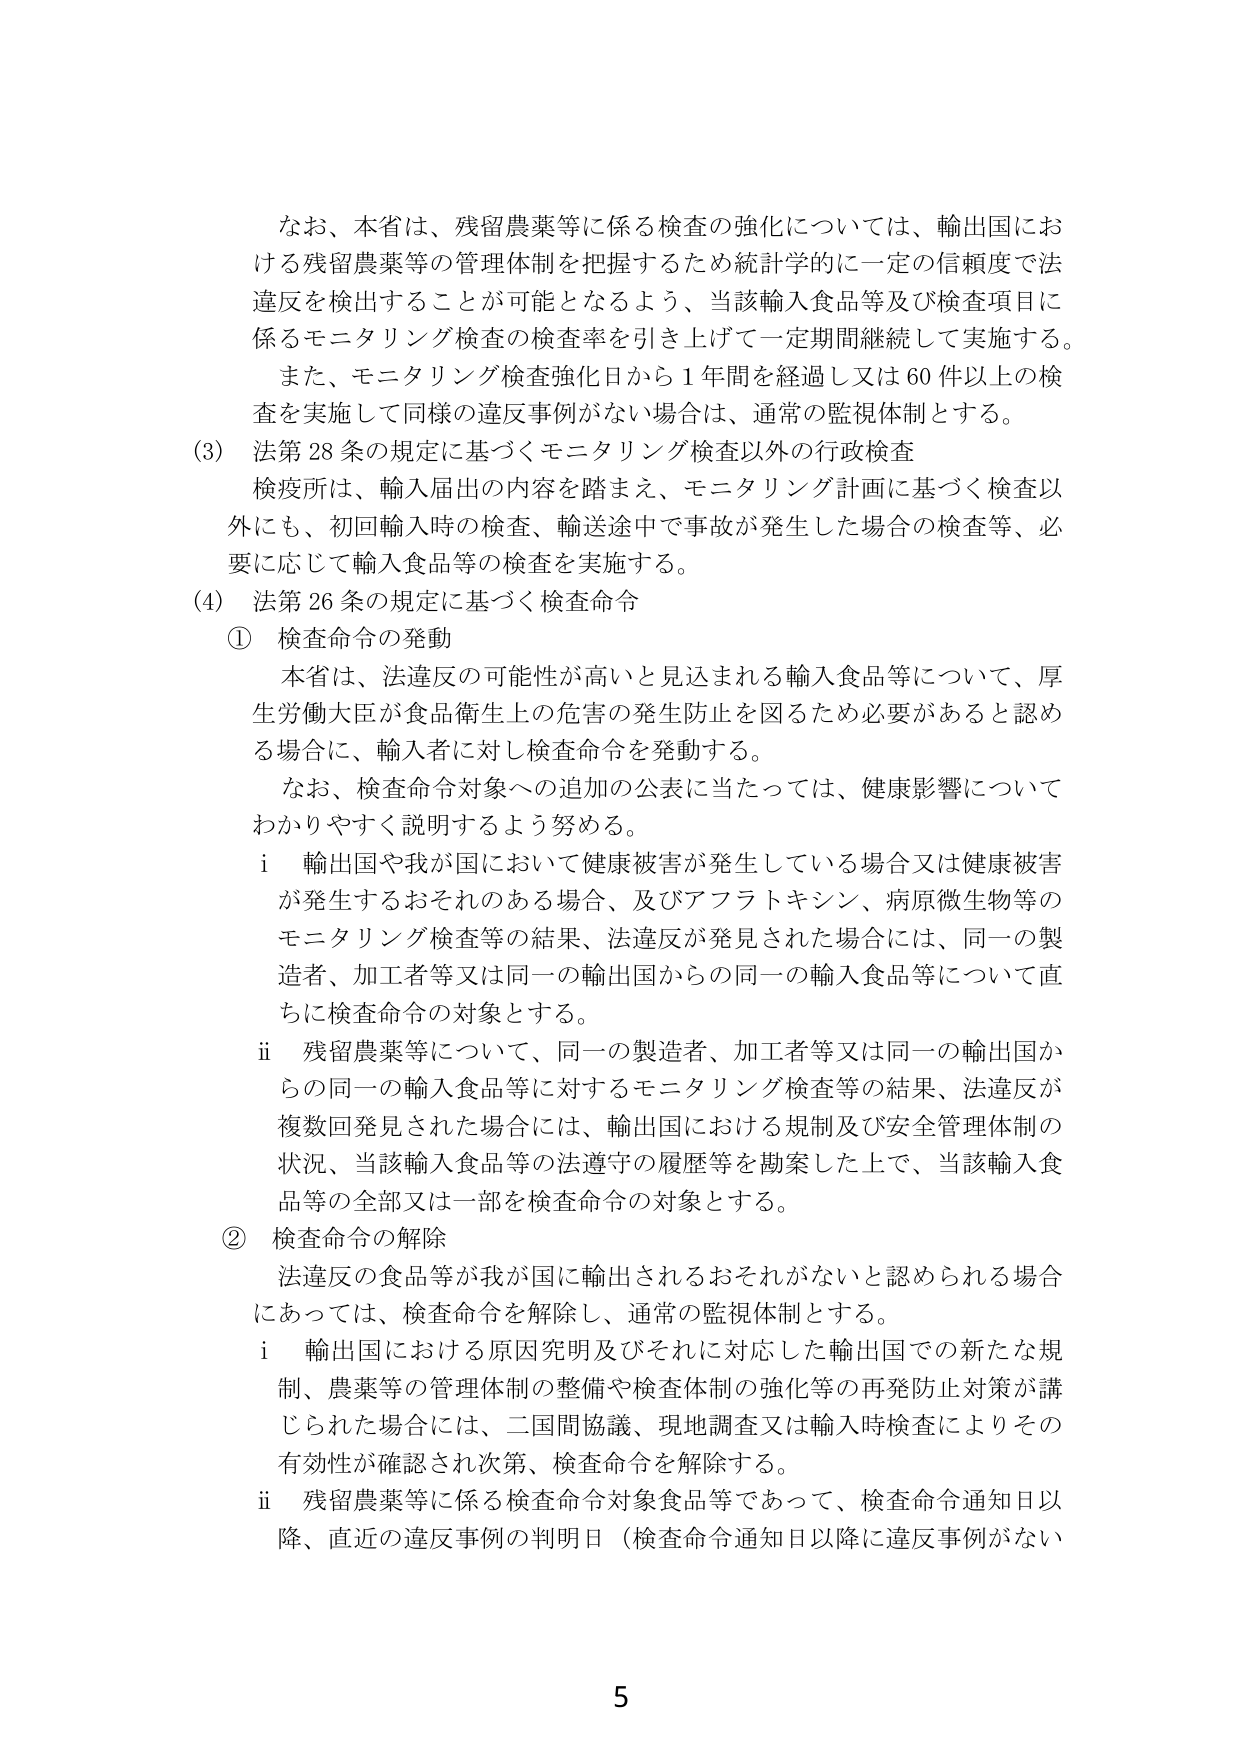
なお、本省は、残留農薬等に係る検査の強化については、輸出国における残留農薬等の管理体制を把握するため統計学的に一定の信頼度で法違反を検出することが可能となるよう、当該輸入食品等及び検査項目に係るモニタリング検査の検査率を引き上げて一定期間継続して実施する。
また、モニタリング検査強化日から1年間を経過し又は60件以上の検査を実施して同様の違反事例がない場合は、通常の監視体制とする。

(3) 法第28条の規定に基づくモニタリング検査以外の行政検査
検疫所は、輸入届出の内容を踏まえ、モニタリング計画に基づく検査以外にも、初回輸入時の検査、輸送途中で事故が発生した場合の検査等、必要に応じて輸入食品等の検査を実施する。

(4) 法第26条の規定に基づく検査命令
① 検査命令の発動
本省は、法違反の可能性が高いと見込まれる輸入食品等について、厚生労働大臣が食品衛生上の危害の発生防止を図るため必要があると認める場合に、輸入者に対し検査命令を発動する。
なお、検査命令対象への追加の公表に当たっては、健康影響についてわかりやすく説明するよう努める。
i 輸出国や我が国において健康被害が発生している場合又は健康被害が発生するおそれのある場合、及びアフラトキシン、病原微生物等のモニタリング検査等の結果、法違反が発見された場合には、同一の製造者、加工者等又は同一の輸出国からの同一の輸入食品等について直ちに検査命令の対象とする。
ii 残留農薬等について、同一の製造者、加工者等又は同一の輸出国からの同一の輸入食品等に対するモニタリング検査等の結果、法違反が複数回発見された場合には、輸出国における規制及び安全管理体制の状況、当該輸入食品等の法遵守の履歴等を勘案した上で、当該輸入食品等の全部又は一部を検査命令の対象とする。

② 検査命令の解除
法違反の食品等が我が国に輸出されるおそれがないと認められる場合にあっては、検査命令を解除し、通常の監視体制とする。
i 輸出国における原因究明及びそれに対応した輸出国での新たな規制、農薬等の管理体制の整備や検査体制の強化等の再発防止対策が講じられた場合には、二国間協議、現地調査又は輸入時検査によりその有効性が確認され次第、検査命令を解除する。
ii 残留農薬等に係る検査命令対象食品等であって、検査命令通知日以降、直近の違反事例の判明日（検査命令通知日以降に違反事例がない

5